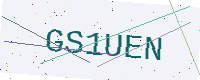
Text: GS1UEN